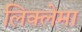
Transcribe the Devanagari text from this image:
लिक्लेमा